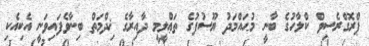
ޕްރޮގްރެސިވް ކްލާހުގެ ބާނީ މުޙައްމަދު ޔޫސުފުގެ ތަޢްލީމީ ދާއިރާގެ ޚިދްމަތް ބިނާވެފައިވަނީ އެކިއެކި